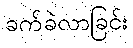
ခက်ခဲလာခြင်း